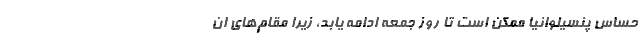
حساس پنسیلوانیا ممکن است تا روز جمعه ادامه یابد، زیرا مقام‌های ان